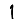
Digit: 1